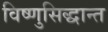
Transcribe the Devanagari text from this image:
विष्णुसिद्धान्त